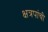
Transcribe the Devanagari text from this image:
क्षत्रपांची